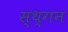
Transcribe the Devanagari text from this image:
स्थ्गन